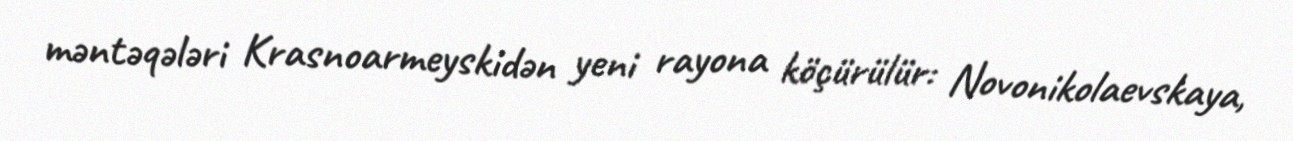
məntəqələri Krasnoarmeyskidən yeni rayona köçürülür: Novonikolaevskaya,